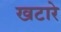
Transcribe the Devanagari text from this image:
खटारे